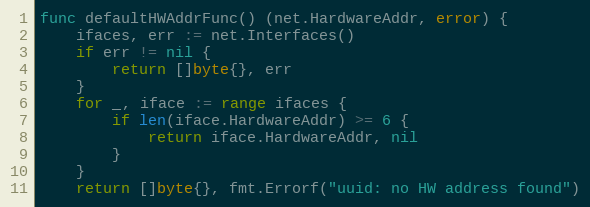
Language: Go
func defaultHWAddrFunc() (net.HardwareAddr, error) {
	ifaces, err := net.Interfaces()
	if err != nil {
		return []byte{}, err
	}
	for _, iface := range ifaces {
		if len(iface.HardwareAddr) >= 6 {
			return iface.HardwareAddr, nil
		}
	}
	return []byte{}, fmt.Errorf("uuid: no HW address found")